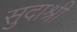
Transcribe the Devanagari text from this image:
सुदाश्री